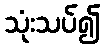
သုံးသပ်၍